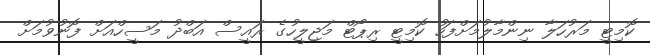
ކޮމިޓީ މަރުހަލާ ނިންމާލުމަށްފަހު ކޮމިޓީ ރިޕޯޓް މަޖިލީހުގެ ރައީސް އަބްދު މަސީހްއަށް ފޮނުވުމަށް